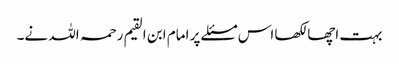
بہت اچھا لکھا اس مسئلے پر امام ابن القیم رحمہ اللہ نے۔